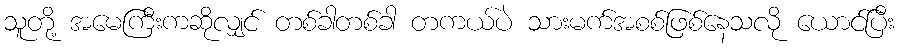
သူတို့ အမေကြီးကဆိုလျှင် တစ်ခါတစ်ခါ တကယ်ပဲ သားမက်အစစ်ဖြစ်နေသလို ယောင်ပြီး